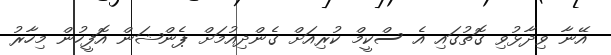
އޭނާ ވިދާޅުވި ގޮތުގައި އެ ސްކީމް ކުރިއަށް ގެންދިއުމަށް ޕެންޝަން އޮފީހުން މިހާރު